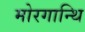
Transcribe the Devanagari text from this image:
मोरगान्थि